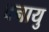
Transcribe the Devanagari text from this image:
वनायु